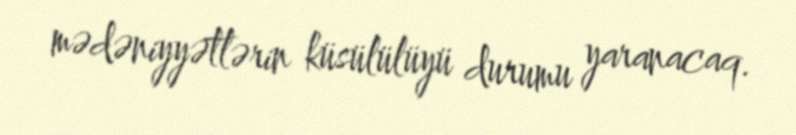
mədəniyyətlərin küsülülüyü durumu yaranacaq.